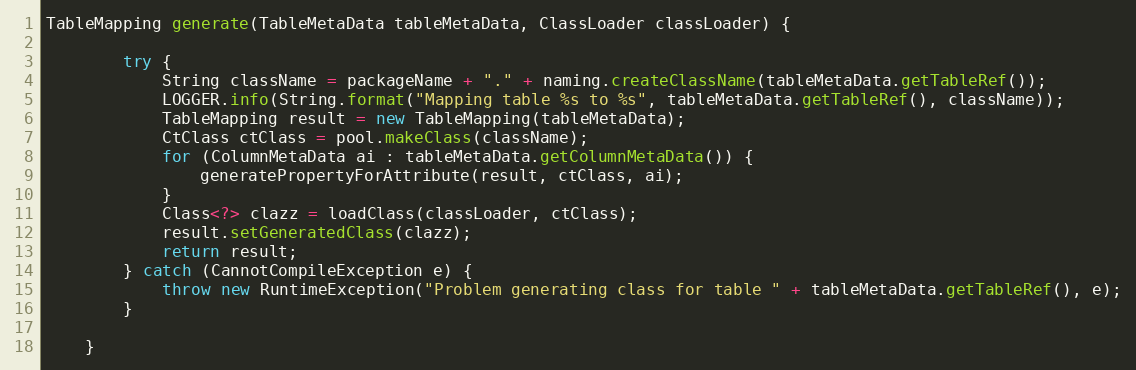
Language: Java
TableMapping generate(TableMetaData tableMetaData, ClassLoader classLoader) {

        try {
            String className = packageName + "." + naming.createClassName(tableMetaData.getTableRef());
            LOGGER.info(String.format("Mapping table %s to %s", tableMetaData.getTableRef(), className));
            TableMapping result = new TableMapping(tableMetaData);
            CtClass ctClass = pool.makeClass(className);
            for (ColumnMetaData ai : tableMetaData.getColumnMetaData()) {
                generatePropertyForAttribute(result, ctClass, ai);
            }
            Class<?> clazz = loadClass(classLoader, ctClass);
            result.setGeneratedClass(clazz);
            return result;
        } catch (CannotCompileException e) {
            throw new RuntimeException("Problem generating class for table " + tableMetaData.getTableRef(), e);
        }

    }